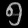
Digit: ၅